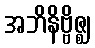
အဘိနိဗ္ဗိဇ္ဈ